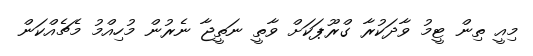
މިއީ ތިން ޓީމު ވާދަކުރާ ގްރޫޕަކަށް ވާތީ ނަތީޖާ ނެރުން މުހިއްމު މެޗެއްކަން